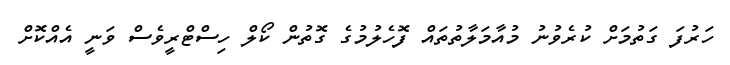
ހަރުފަ ގަތުމަށް ކުރެވުނު މުއާމަލާތުތައް ފޮހެލުމުގެ ގޮތުން ކޯލް ހިސްޓްރީވެސް ވަނީ އެއްކޮށް